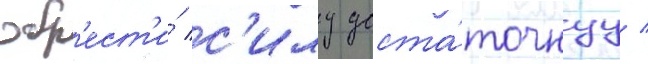
обр'ест'и́ с'илу доста́точнуу /